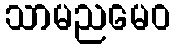
သာမညမေဝ